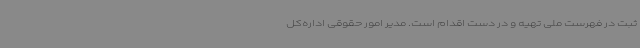
ثبت در فهرست ملی تهیه و در دست اقدام است. مدیر امور حقوقی اداره‌کل